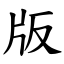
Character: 版